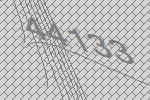
44133